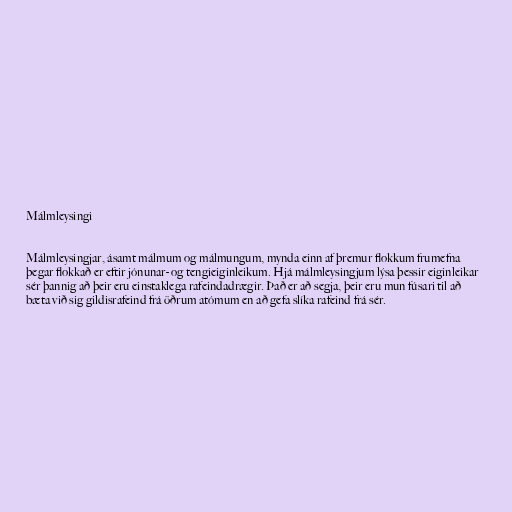
Málmleysingi

Málmleysingjar, ásamt málmum og málmungum, mynda einn af þremur flokkum frumefna
þegar flokkað er eftir jónunar- og tengieiginleikum. Hjá málmleysingjum lýsa þessir eiginleikar
sér þannig að þeir eru einstaklega rafeindadrægir. Það er að segja, þeir eru mun fúsari til að
bæta við sig gildisrafeind frá öðrum atómum en að gefa slíka rafeind frá sér.